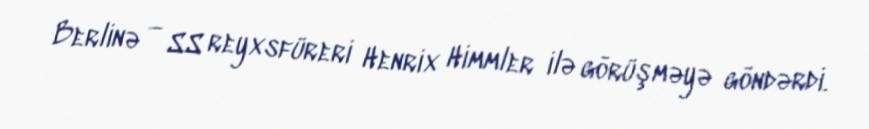
Berlinə — SS reyxsfüreri Henrix Himmler ilə görüşməyə göndərdi.